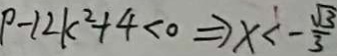
P - 1 2 k ^ { 2 } + 4 < 0 \Rightarrow x < - \frac { \sqrt { 3 } } { 3 }